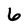
Character: 6